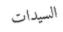
السيدات